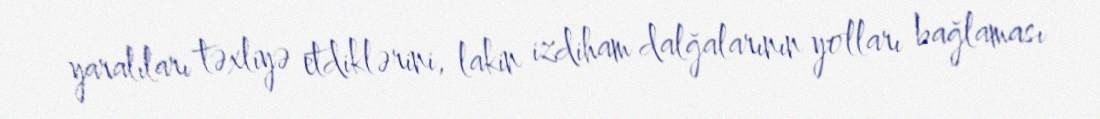
yaralıları təxliyə etdiklərini, lakin izdiham dalğalarının yolları bağlaması